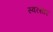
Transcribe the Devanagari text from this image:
स्वरसार